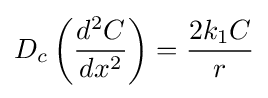
D_{c}\left({\frac {d^{2}C}{dx^{2}}}\right)={\frac {2k_{1}C}{r}}